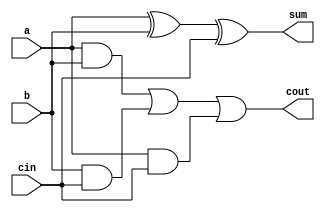
module full_adder_data(a,b,cin,sum,cout);
input a,b,cin;
output sum,cout;
assign sum=a^b^cin;
assign cout=(a&b)|(b&cin)|(a&cin);
endmodule